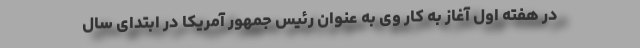
در هفته اول آغاز به کار وی به عنوان رئیس جمهور آمریکا در ابتدای سال